Document type: Act of concord
Year: 1255
Scribe: Pere de Terme
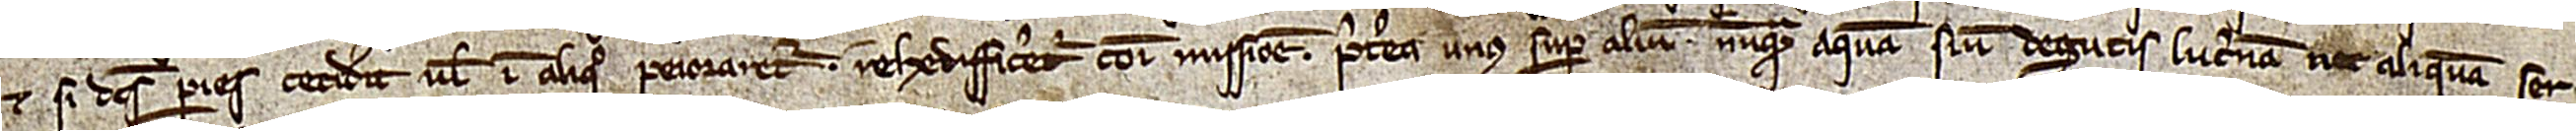
Et si dictus paries ceciderit vel in aliquo peioraretur, rehedifficeretur comuni missione. Preterea unus super alium nunquam aquam sive degutis, lucernam nec aliquam ser-